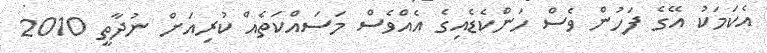
އެކަމަކު އޭގެ ފަހުން ވެސް ހަންކެޑެއިގެ އެއްވެސް މަސައްކަތެއް ކުރިއަށް ނުދާތީ 2010